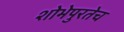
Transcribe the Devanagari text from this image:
शोभेपुरतेच